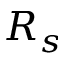
R _ { s }